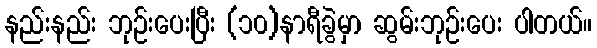
နည်းနည်း ဘုဉ်းပေးပြီး (၁၀)နာရီခွဲမှာ ဆွမ်းဘုဉ်းပေး ပါတယ်။